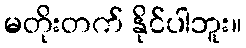
မတိုးတက် နိုင်ပါဘူး။